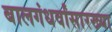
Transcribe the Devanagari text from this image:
बालगंधर्वांसारख्या